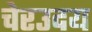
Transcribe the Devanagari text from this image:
चेरउदय